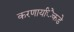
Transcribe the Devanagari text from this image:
करणार्यांेकडेे